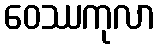
ဝေဿကုလာ